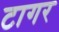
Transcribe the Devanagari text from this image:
टागर